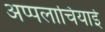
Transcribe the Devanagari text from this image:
अप्पलाचियाई